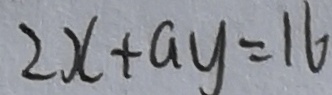
2 x + a y = 1 6